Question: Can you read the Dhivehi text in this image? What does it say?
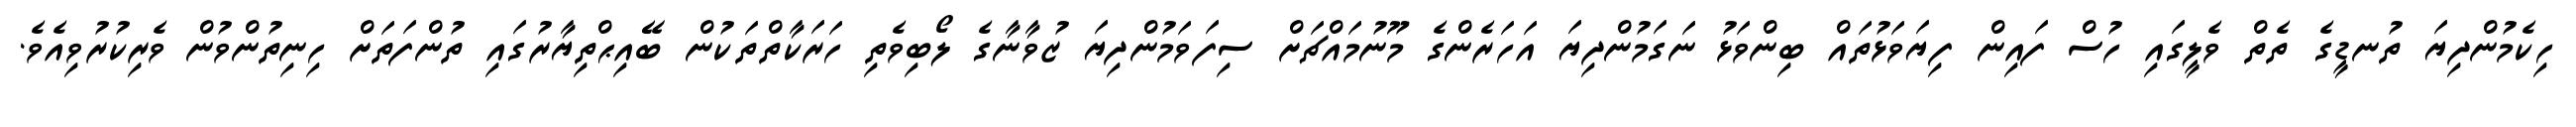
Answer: ހިކެމުންދިޔަ ތުނޑީގެ ތެތް ވެލީގައި ހުސް ފައިން ފިޔަވަޅުތައް ބިންވަޅު ނަގަމުންދިޔަ އަހަރެންގެ މޫނުމައްޗަށް ސިފަވަމުންދިޔަ ޒުވާނާގެ ލޯބިވެތި ހަރަކާތްތަކުން ބޭއިޙްތިޔާރުގައި ތުންފަތަށް ހިނިތުންވުން ވެރިކުރުވިއެވެ.